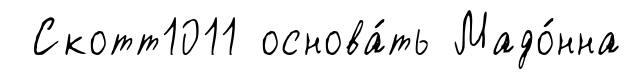
Скотт1011 основа́ть Мадо́нна